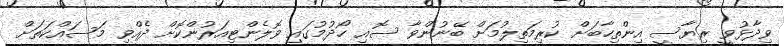
ވިދާޅުވީ ރިޔާސީ އިންތިހާބަށް ކުރިމަތިލުމަށް ބޭނުންވާ ސޮއި ހޯދުމުގައި ވޮލެންޓިއަރުންކޮށް ދެއްވި މަސައްކަތަށް